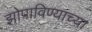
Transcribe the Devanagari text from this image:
झोपाविण्याच्या